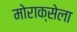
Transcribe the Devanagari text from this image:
मोराक्सेला